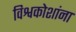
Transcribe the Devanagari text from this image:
विश्वकोशांना